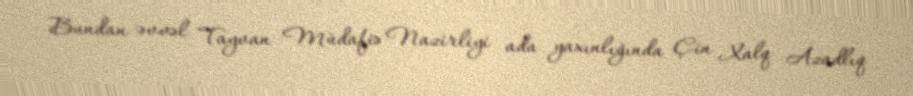
Bundan əvvəl Tayvan Müdafiə Nazirliyi ada yaxınlığında Çin Xalq Azadlıq